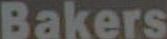
Bakers